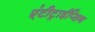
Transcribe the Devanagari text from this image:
एंटीट्राईप्सिन